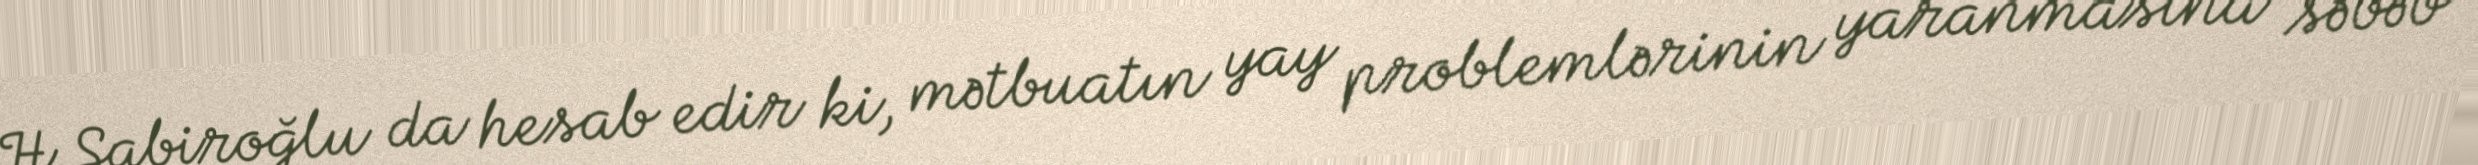
H.Sabiroğlu da hesab edir ki, mətbuatın yay problemlərinin yaranmasına səbəb